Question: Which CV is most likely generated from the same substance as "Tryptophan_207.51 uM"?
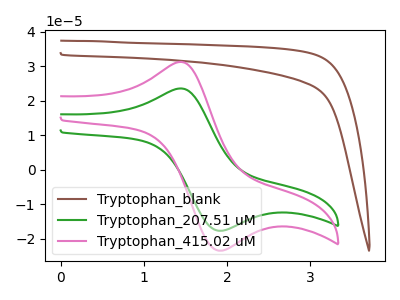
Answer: <think>The brown curve "Tryptophan_blank" has no peaks. The green curve "Tryptophan_207.51 uM" has an anodic peak at (1.45V, 23.50uA) and a cathodic peak at (1.95V, -17.65uA). The pink curve "Tryptophan_415.02 uM" has an anodic peak at (1.45V, 31.20uA) and a cathodic peak at (1.95V, -23.40uA).
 "Tryptophan_blank" and "Tryptophan_207.51 uM" have a different number of peaks. "Tryptophan_blank" and "Tryptophan_415.02 uM" have a different number of peaks. All the peaks in "Tryptophan_207.51 uM" have a peak in "Tryptophan_415.02 uM" at the same potential. Every peak in "Tryptophan_207.51 uM" is lower than every peak in "Tryptophan_415.02 uM".</think>
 <answer>The CV with the most similar shape to "Tryptophan_415.02 uM" is "Tryptophan_207.51 uM".</answer>
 <eval>"Tryptophan_207.51 uM"</eval>